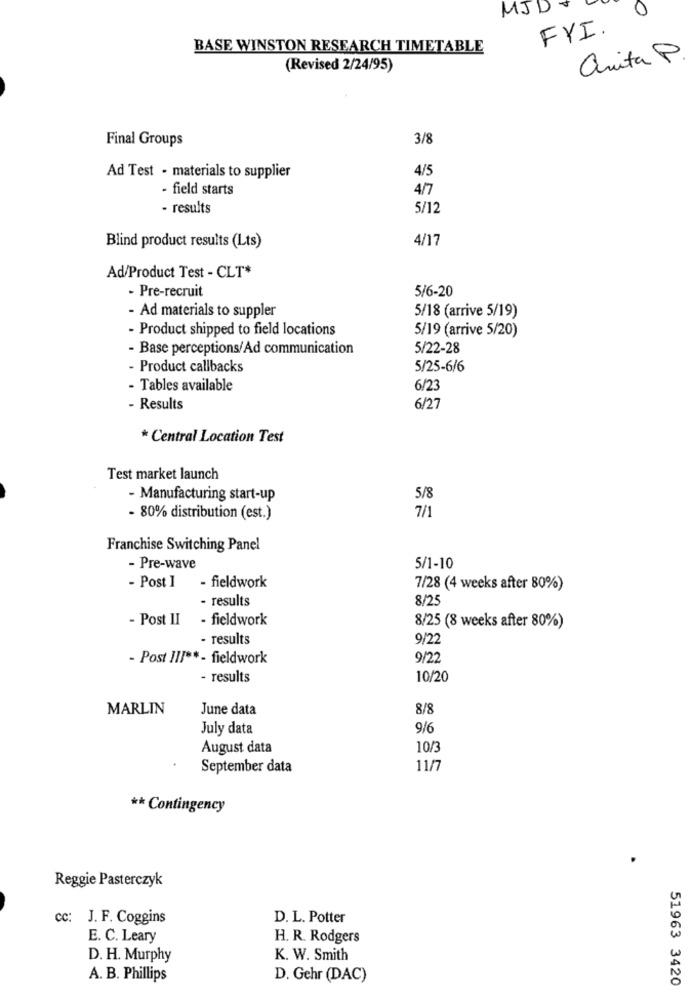
MJD
0
FYI.
BASE WINSTON RESEARCH TIMETABLE
anita P
(Revised 2/24/95)
Final Groups
3/8
4/5
Ad Test - materials to supplier
- field starts
4/7
- results
5/12
4/17
Blind product results (Lts)
Ad/Product Test - CLT*
- Pre-recruit
5/6-20
- Ad materials to suppler
5/18 (arrive 5/19)
- Product shipped to field locations
5/19 (arrive 5/20)
- Base perceptions/Ad communication
5/22-28
- Product callbacks
5/25-6/6
- Tables available
6/23
- Results
6/27
* Central Location Test
Test market launch
- Manufacturing start-up
5/8
7/1
- 80% distribution (est.)
Franchise Switching Panel
- Pre-wave
5/1-10
- Post 1
- fieldwork
7/28 (4 weeks after 80%)
- results
8/25
- Post II - fieldwork
8/25 (8 weeks after 80%)
- results
9/22
- Post III **- fieldwork
9/22
- results
10/20
MARLIN
June data
8/8
July data
9/6
August data
10/3
September data
11/7
** Contingency
Reggie Pasterczyk
cc: J. F. Coggins
D. L. Potter
E. C. Leary
H. R. Rodgers
D. H. Murphy
K. W. Smith
A. B. Phillips
D. Gehr (DAC)
51963 3420